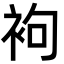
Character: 袧